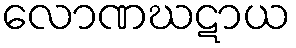
လောဏဃဋာယ